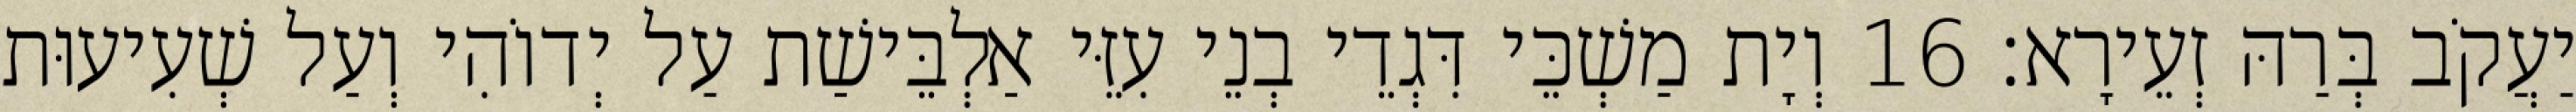
יַעֲקֹב בְּרַהּ זְעֵירָא׃ 16 וְיָת מַשְׁכֵּי דִּגְדֵי בְנֵי עִזֵּי אַלְבֵּישַׁת עַל יְדוֹהִי וְעַל שְׁעִיעוּת